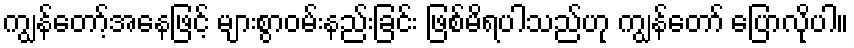
ကျွန်တော့်အနေဖြင့် များစွာဝမ်းနည်းခြင်း ဖြစ်မိရပါသည်ဟု ကျွန်တော် ပြောလိုပါ။